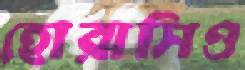
হোরাসিও